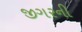
જીગરની